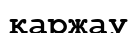
қаржау